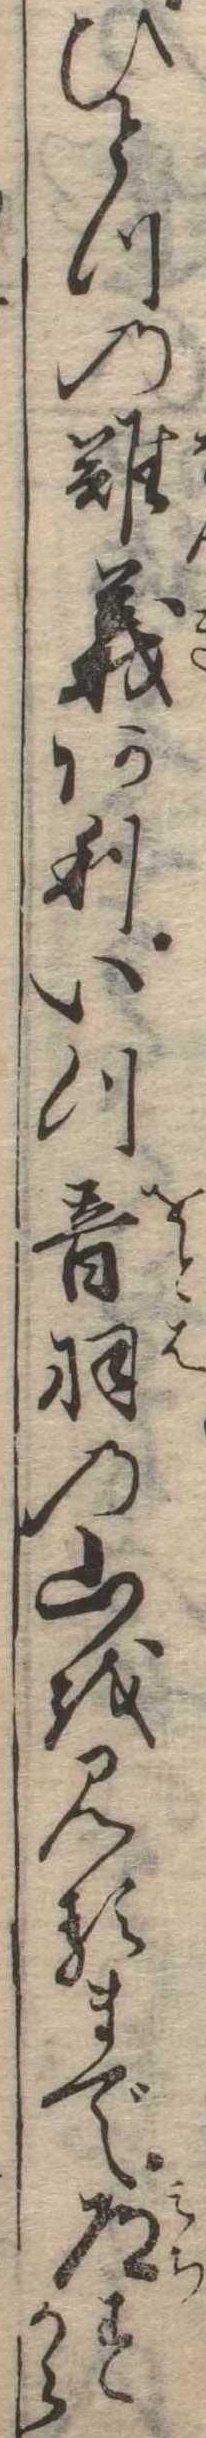
ひとつの難義ありいつ音羽の山を見るまで道すから